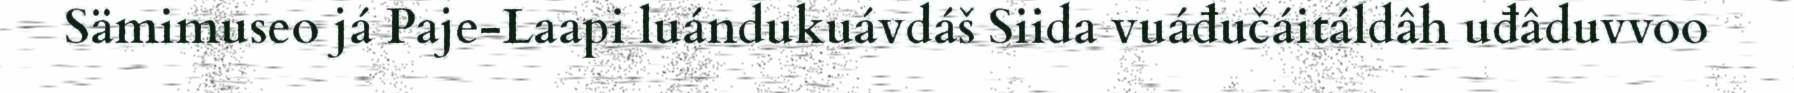
Sämimuseo já Paje-Laapi luándukuávdáš Siida vuáđučáitáldâh uđâduvvoo